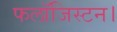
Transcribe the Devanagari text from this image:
फलॉजिस्टन।